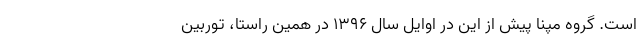
است. گروه مپنا پیش از این در اوايل سال 1396 در همین راستا، توربین